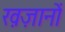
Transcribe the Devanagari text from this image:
ख़ज़ानों